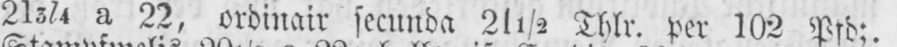
213/4 a 22, ordinair secunda 21½ Thlr. per 102 Pfd;.